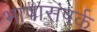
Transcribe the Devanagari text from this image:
भाषासंपर्क